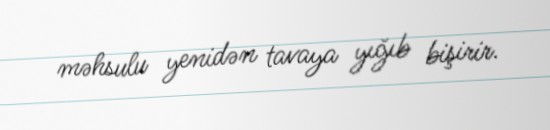
məhsulu yenidən tavaya yığıb bişirir.